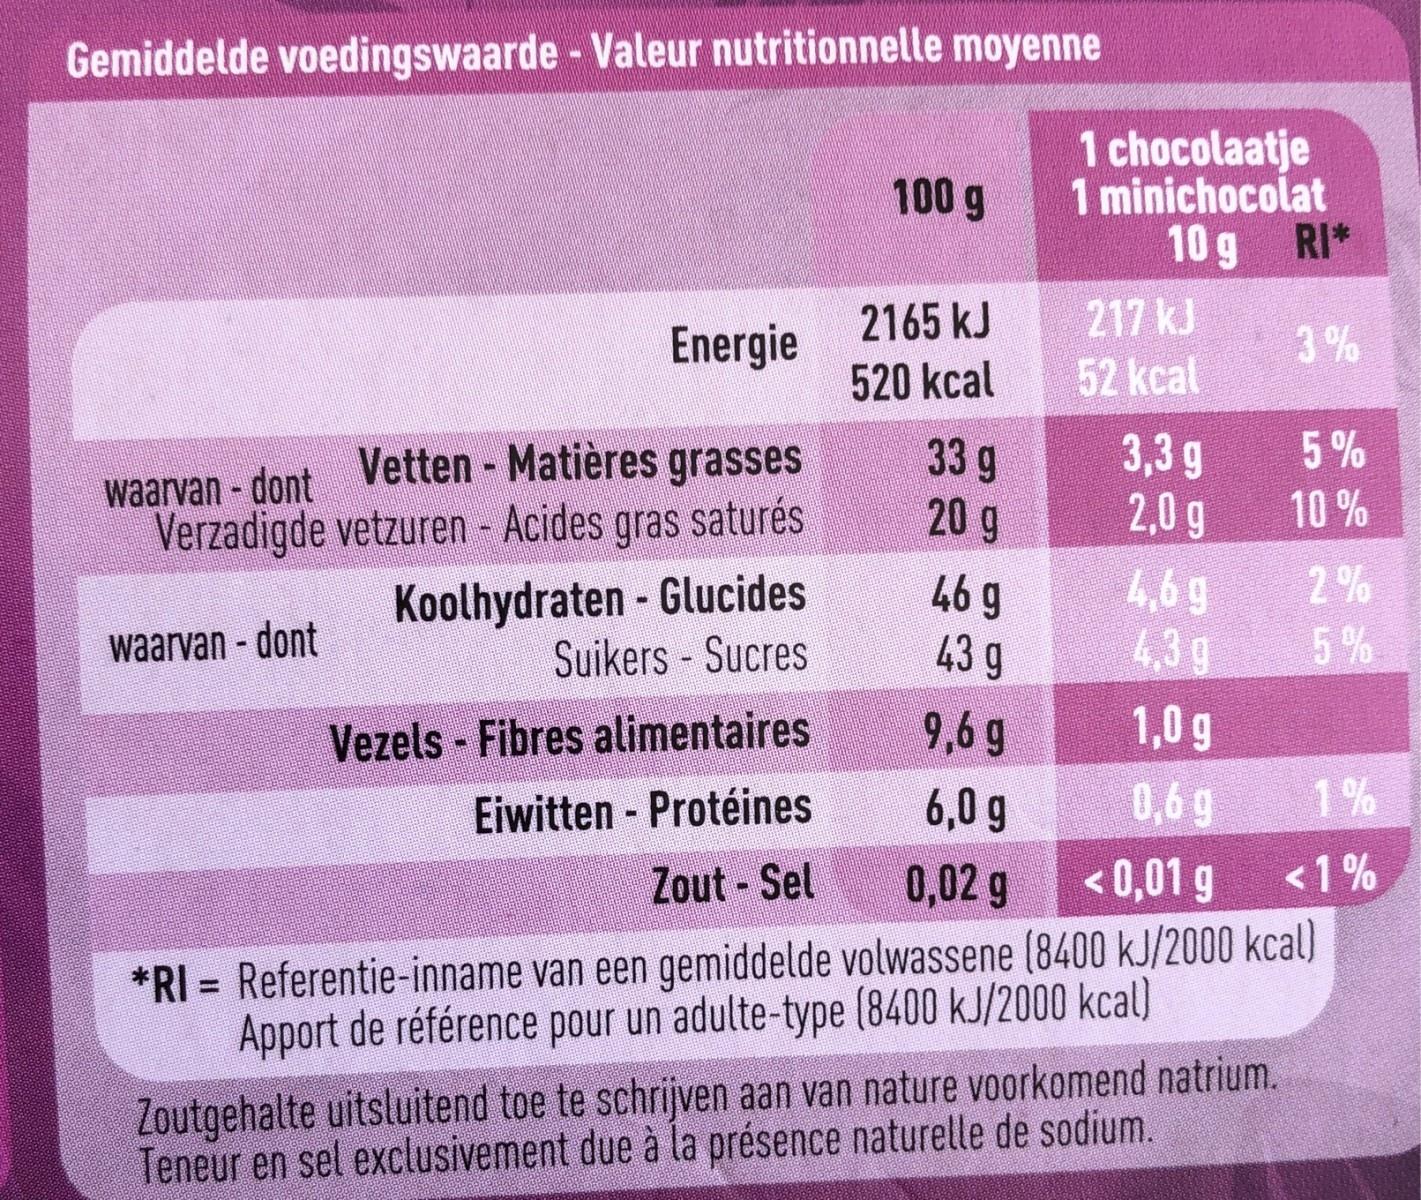
Gemiddelde voedingswaarde - Valeur nutritionnelle moyenne 1 chocolaatje 1 minichocolat 10 g RI* 217 kJ 52 kcal 100 g 2165 kJ Energie 3% 520 kcal 5% 3,3 g 2,0 g 4,69 43g waarvan -dontVetten - Matières grasses Verzadigde vetzuren Acides gras saturés Koolhydraten Glucides Suikers Sucres 33 g 20 g 10 % 2% 46 g 43 9 5% waarvan dont Vezels Fibres alimentaires Eiwitten Protéines Zout Sel 1,0 g 9,6 g 1% 0,6 g 6,0 g <1% <0,01 g 0,02 g *RI Referentie-inname van een gemiddelde volwassene (8400 kJ/2000 kcal) Apport de référence pour un adulte-type (8400 kJ/2000 kcal) Zoutgehalte uitsluitend toe te schrijven aan van nature voorkomend natrium Teneur en sel exclusivement due à la présence naturelle de sodium.